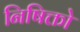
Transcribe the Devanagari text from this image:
निषिक्तो